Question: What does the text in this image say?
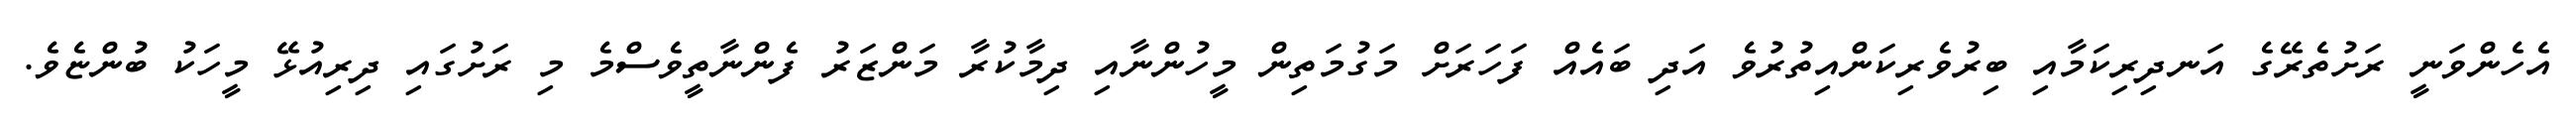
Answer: އެހެންވަނީ ރަށުތެރޭގެ އަނދިރިކަމާއި ބިރުވެރިކަންއިތުރުވެ އަދި ބައެއް ފަހަރަށް މަގުމަތިން މީހުންނާއި ދިމާކުރާ މަންޒަރު ފެންނާތީވެސްމެ މި ރަށުގައި ދިރިއުޅޭ މީހަކު ބުންޏެވެ.